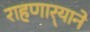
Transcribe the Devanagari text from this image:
राहणार्‍याने